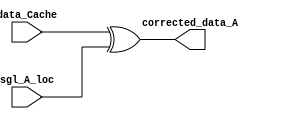
module Corrector_A(
    input [31:0] data_Cache,
    input [31:0] sgl_A_loc,
    output [31:0] corrected_data_A

);

assign corrected_data_A = data_Cache ^ sgl_A_loc;

endmodule